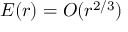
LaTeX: E ( r ) = O ( r ^ { 2 / 3 } )